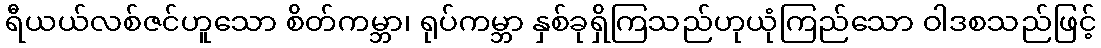
ရီယယ်လစ်ဇင်ဟူသော စိတ်ကမ္ဘာ၊ ရုပ်ကမ္ဘာ နှစ်ခုရှိကြသည်ဟုယုံကြည်သော ဝါဒစသည်ဖြင့်